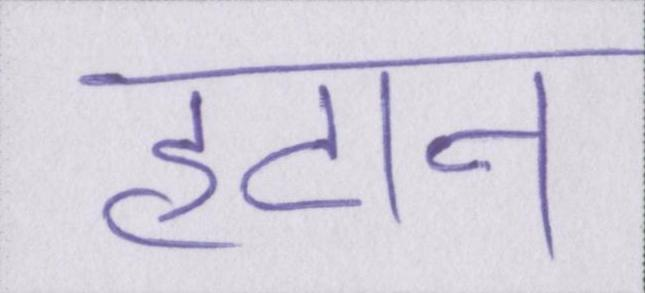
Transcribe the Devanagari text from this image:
हटान